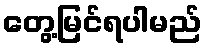
တွေ့မြင်ရပါမည်